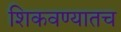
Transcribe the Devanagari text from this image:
शिकवण्यातच